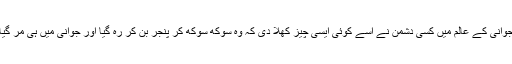
جوانی کے عالم میں کسی دشمن نے اسے کوئی ایسی چیز کھلا دی کہ وہ سوکھ سوکھ کر پنجر بن کر رہ گیا اور جوانی میں ہی مر گیا۔